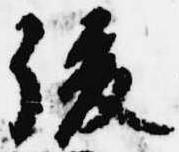
後